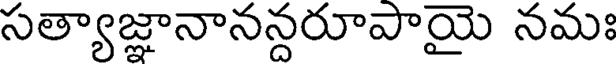
సత్యాజ్ఞానానన్దరూపాయై నమః